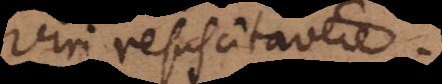
viri resuscitavere.